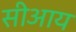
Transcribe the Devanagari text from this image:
सीआय